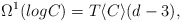
\begin{align*}\Omega^1(log C) = T\langle C\rangle (d-3), \end{align*}